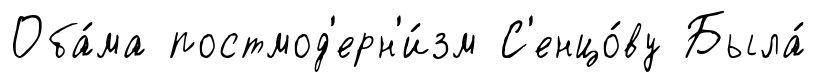
Оба́ма постмод'ерн'и́зм С'енцо́ву Была́